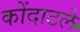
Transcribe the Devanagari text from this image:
कोंदाटले